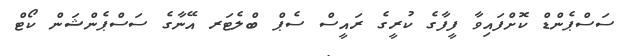
ސަސްޕެންޑް ކޮށްފައިވާ ފީފާގެ ކުރީގެ ރައީސް ސެޕް ބްލެޓަރ އޭނާގެ ސަސްޕެންޝަން ކޯޓް